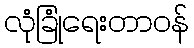
လုံခြုံရေးတာဝန်